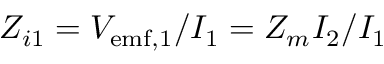
Z _ { i 1 } = V _ { \mathrm { e m f , 1 } } / I _ { 1 } = Z _ { m } I _ { 2 } / I _ { 1 }